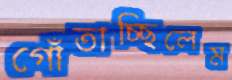
গোঁতাচ্ছিলেম